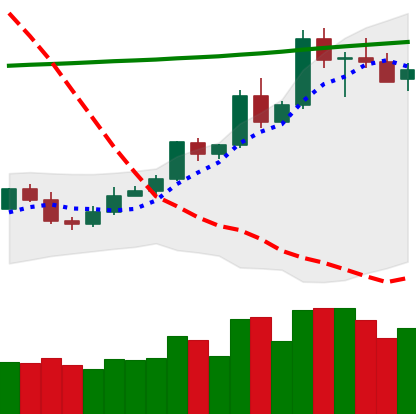
Ticker: ETC-USD
Chart end date: 2020-05-07
Forward return: -14.331%
Label: down_7plus